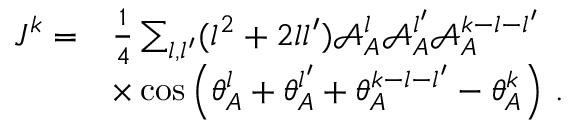
\begin{array} { r l } { J ^ { k } = } & { \frac { 1 } { 4 } \sum _ { { l } , { l ^ { \prime } } } ( { l } ^ { 2 } + 2 { l } { l ^ { \prime } } ) \mathcal { A } _ { A } ^ { l } \mathcal { A } _ { A } ^ { l ^ { \prime } } \mathcal { A } _ { A } ^ { k - { l } - { l ^ { \prime } } } } \\ & { \times \cos \left( \theta _ { A } ^ { l } + \theta _ { A } ^ { l ^ { \prime } } + \theta _ { A } ^ { k - { l } - { l ^ { \prime } } } - \theta _ { A } ^ { k } \right) \, . } \end{array}